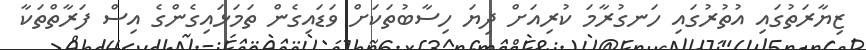
ޒިޔާރަތުގައި އުތުރުގައި ހަނގުރާމަ ކުރިއަށް ދިޔަ ހިސާބުތަކަށް ވަޑައިގެން ތަމަޅައިގެންގެ އިސް ފަރާތްތަކާ